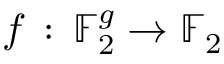
f \, : \, \mathbb { F } _ { 2 } ^ { g } \to \mathbb { F } _ { 2 }